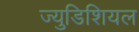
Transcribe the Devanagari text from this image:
ज्युडिशियल